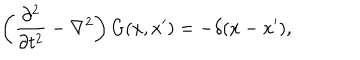
\left( { \frac { \partial ^ { 2 } } { \partial t ^ { 2 } } } - \nabla ^ { 2 } \right) G ( x , x ^ { \prime } ) = - \delta ( x - x ^ { \prime } ) ,